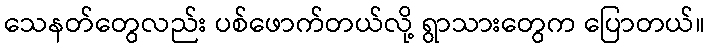
သေနတ်တွေလည်း ပစ်ဖောက်တယ်လို့ ရွာသားတွေက ပြောတယ်။